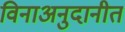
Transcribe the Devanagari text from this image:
विनाअनुदानीत